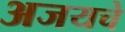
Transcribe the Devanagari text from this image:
अजयचे